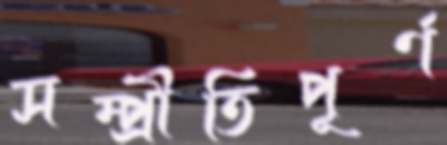
সম্প্রীতিপূর্ণ